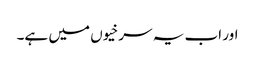
اور اب یہ سرخیوں میں ہے۔